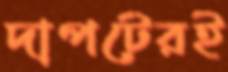
দাপটেরই